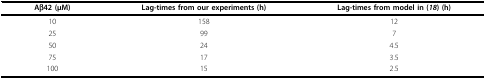
| Aβ42 (μM) | Lag-times from our experiments (h) | Lag-times from model in (18) (h) |
 | --- | --- | --- |
 | 10 | 158 | 12 |
 | 25 | 99 | 7 |
 | 50 | 24 | 4.5 |
 | 75 | 17 | 3.5 |
 | 100 | 15 | 2.5 |